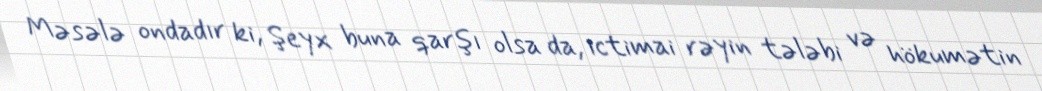
Məsələ ondadır ki, Şeyx buna qarşı olsa da, ictimai rəyin tələbi və hökumətin